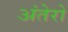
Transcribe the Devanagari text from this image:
अंतेरो